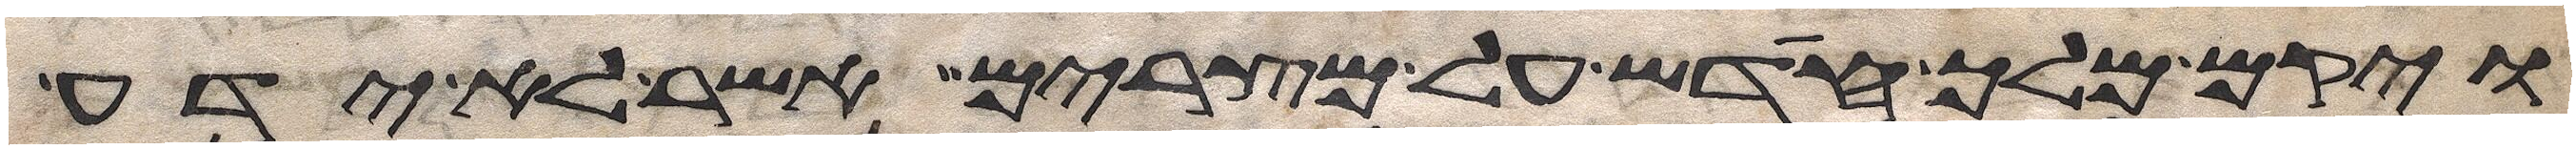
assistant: ויקם מלך חדש על מצרים אשר לא ידע